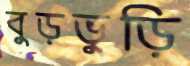
বুড়ভুড়ি